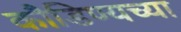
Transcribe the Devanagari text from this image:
कौडिण्यच्या